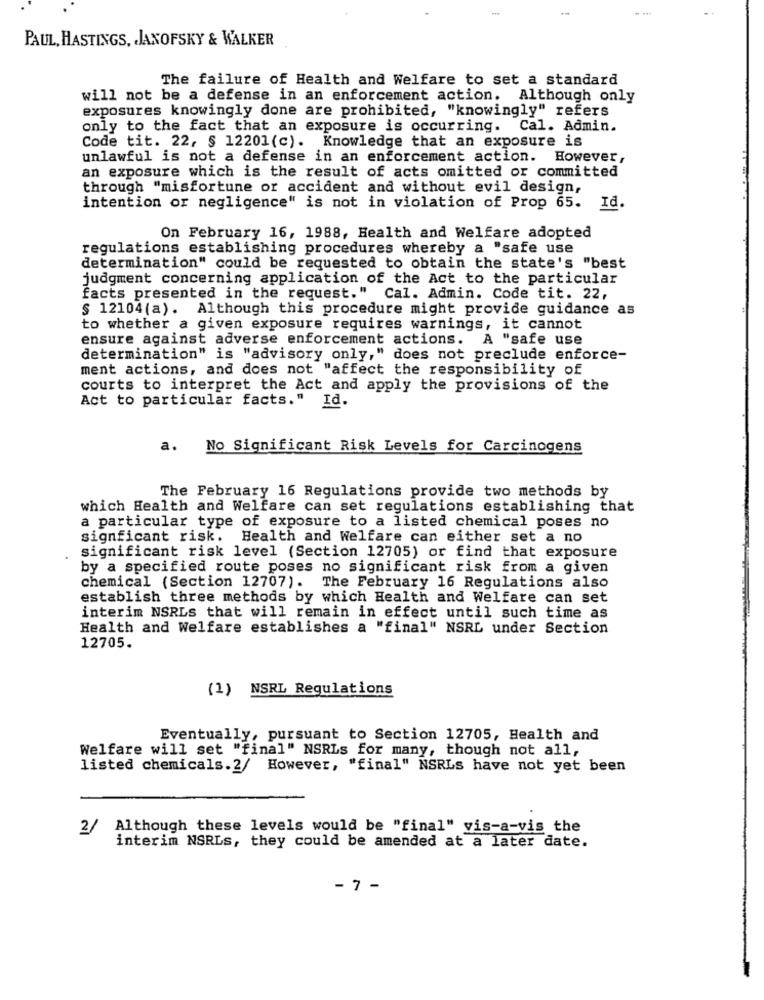
-
PAUL, HASTINGS, JANOFSKY & WALKER
The failure of Health and Welfare to set a standard
will not be a defense in an enforcement action.
Although only
exposures knowingly done are prohibited, "knowingly" refers
only to the fact that an exposure is occurring. Cal. Admin.
Code tit. 22, § 12201(c). Knowledge that an exposure is
unlawful is not a defense in an enforcement action. However,
an exposure which is the result of acts omitted or committed
through "misfortune or accident and without evil design,
intention or negligence" is not in violation of Prop 65. Id.
On February 16, 1988, Health and Welfare adopted
regulations establishing procedures whereby a "safe use
determination" could be requested to obtain the state's "best
judgment concerning application of the Act to the particular
facts presented in the request." Cal. Admin. Code tit. 22,
§ 12104(a). Although this procedure might provide guidance as
to whether a given exposure requires warnings, it cannot
ensure against adverse enforcement actions. A "safe use
determination" is "advisory only," does not preclude enforce-
ment actions, and does not "affect the responsibility of
courts to interpret the Act and apply the provisions of the
Act to particular facts." Id.
a
No Significant Risk Levels for Carcinogens
The February 16 Regulations provide two methods by
which Health and Welfare can set regulations establishing that
a particular type of exposure to a listed chemical poses no
signficant risk. Health and Welfare can either set a no
significant risk level (Section 12705) or find that exposure
by a specified route poses no significant risk from a given
chemical (Section 12707). The February 16 Regulations also
establish three methods by which Health and Welfare can set
interim NSRLS that will remain in effect until such time as
Health and Welfare establishes a "final" NSRL under Section
12705.
(1) NSRL Regulations
Eventually, pursuant to Section 12705, Health and
Welfare will set "final" NSRLs for many, though not all,
listed chemicals.2/ However, "final" NSRLS have not yet been
2/
Although these levels would be "final" vis-a-vis the
interim NSRLs, they could be amended at a later date.
- 7 -